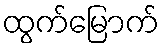
ထွက်မြောက်